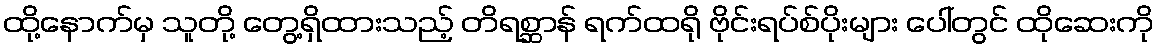
ထို့နောက်မှ သူတို့ တွေ့ရှိထားသည့် တိရစ္ဆာန် ရက်ထရို ဗိုင်းရပ်စ်ပိုးများ ပေါ်တွင် ထိုဆေးကို